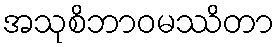
အသုစိဘာဝမဿိတာ